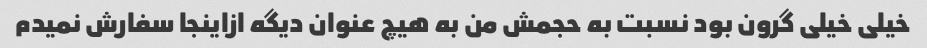
خیلی خیلی گرون بود نسبت به حجمش من به هیچ عنوان دیگه ازاینجا سفارش نمیدم